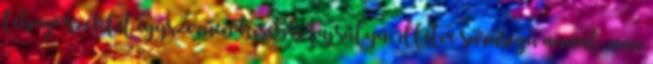
lebegő széklet egyszerűen kisebb fajsúlyú, illetve sűrűségű annál, ami